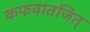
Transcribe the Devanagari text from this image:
कफवातजित्